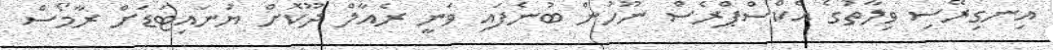
އިނގިރޭސި ވިލާތުގެ އެކްސްޕްރެސް ނޫހުން ބުނެފައި ވަނީ ރެއާލް ދޫކޮށް ޔުނައިޓަޑަށް ރާމޯސް